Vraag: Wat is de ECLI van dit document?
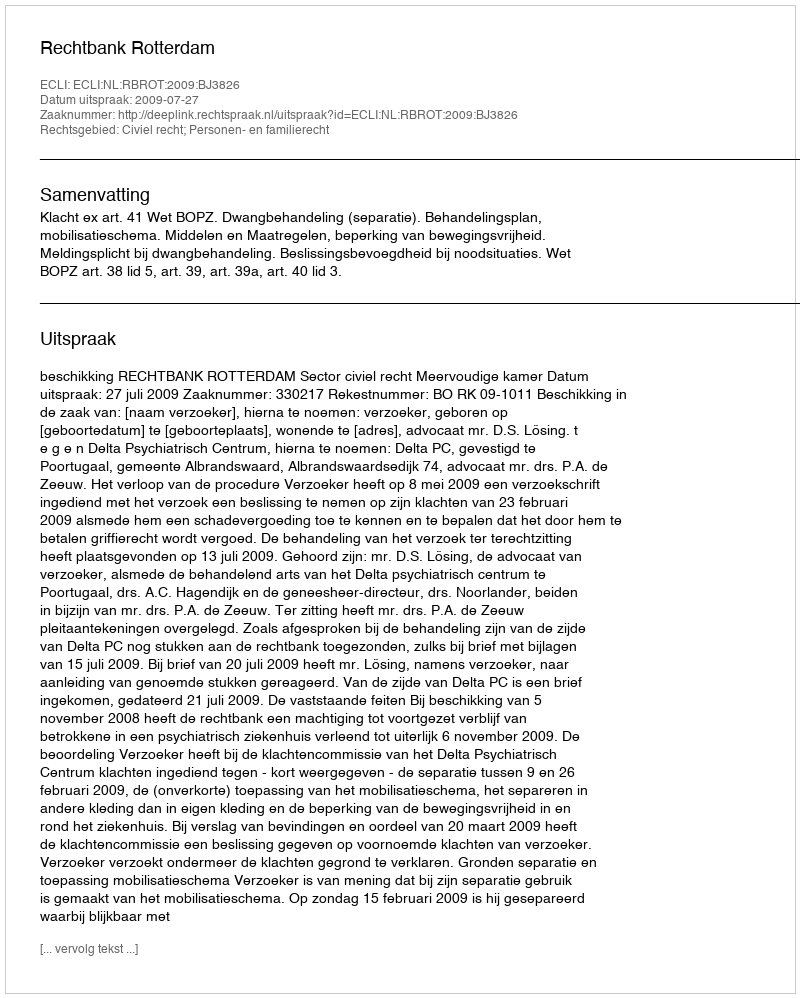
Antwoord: ECLI:NL:RBROT:2009:BJ3826